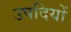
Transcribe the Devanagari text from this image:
उपदियों